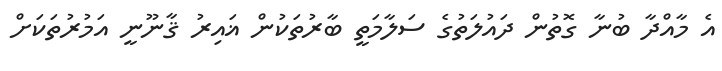
އެ މާއްދާ ބުނާ ގޮތުން ދައުލަތުގެ ސަލާމަތީ ބާރުތަކުން ޣައިރު ޤާނޫނީ އަމުރުތަކަށް